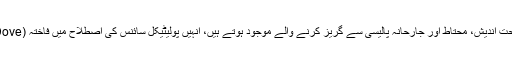
اسی طرح کچھ مصلحت اندیش، محتاط اور جارحانہ پالیسی سے گریز کرنے والے موجود ہوتے ہیں، انہیں پولیٹیکل سائنس کی اصطلاح میں فاختہ (Dove )کہہ دیا جاتا ہے ۔